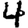
Digit: 4